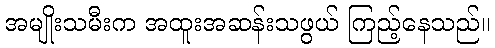
အမျိုးသမီးက အထူးအဆန်းသဖွယ် ကြည့်နေသည်။